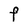
Character: F